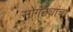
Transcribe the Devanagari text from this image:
सोगंट्यांचा